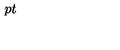
\setlength { \fboxsep } { 7 p t } \framebox { a = P _ { I } ( [ F ^ { a } ] , [ H ] ) d ^ { n } x , } \setlength { \fboxsep } { 3 p t }